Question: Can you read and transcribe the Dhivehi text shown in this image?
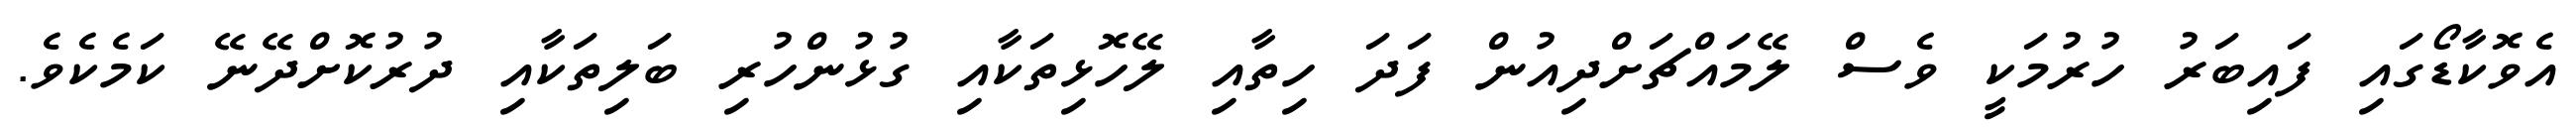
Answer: އެވޮކާޑޯގައި ފައިބަރު ހުރުމަކީ ވެސް ލޭމައްޗަށްދިއުން ފަދަ ހިތާއި ލޭހޮޅިތަކާއި ގުޅުންހުރި ބަލިތަކާއި ދުރުކޮށްދޭނޭ ކަމެކެވެ.